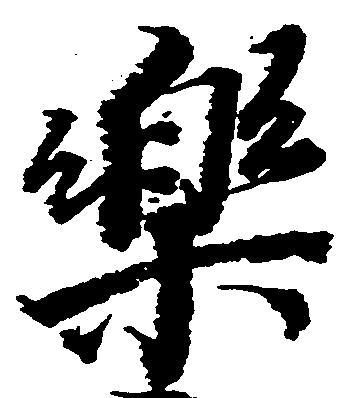
楽